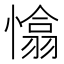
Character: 𢡁